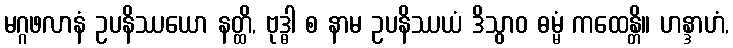
မဂ္ဂဖလာနံ ဥပနိဿယော နတ္ထိ, ဗုဒ္ဓါ စ နာမ ဥပနိဿယံ ဒိသွာဝ ဓမ္မံ ကထေန္တိ။ ဟန္ဒာဟံ,